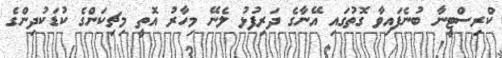
ކްރިސްޓީނާ ބުނެފައިވާ ގޮތުގައި އޭނާގެ ދަރިފުޅު ލެނޭ މިހާރު އޮތީ މިޗިކަންގެ ކުޑަކުދިންގެ